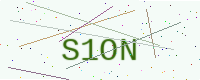
Text: S1ON